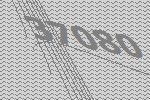
37080